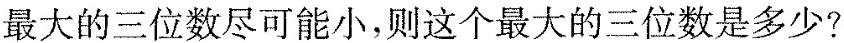
最大的三位数尽可能小，则这个最大的三位数是多少?